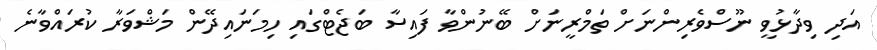
އަދި ވިދާޅުވީ ނޫސްވެރިންނަށް ތަމްރީނަށް ބޭނުންވާ ފައިސާ ބަޖެޓްގައި ހިމަނައިދޭން މަޝްވަރާ ކުރައްވާނެ